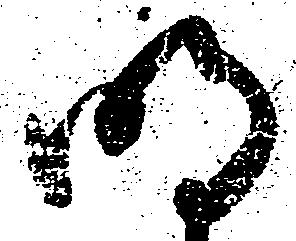
明